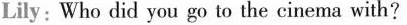
Lily: Who did you go to the cinema with?